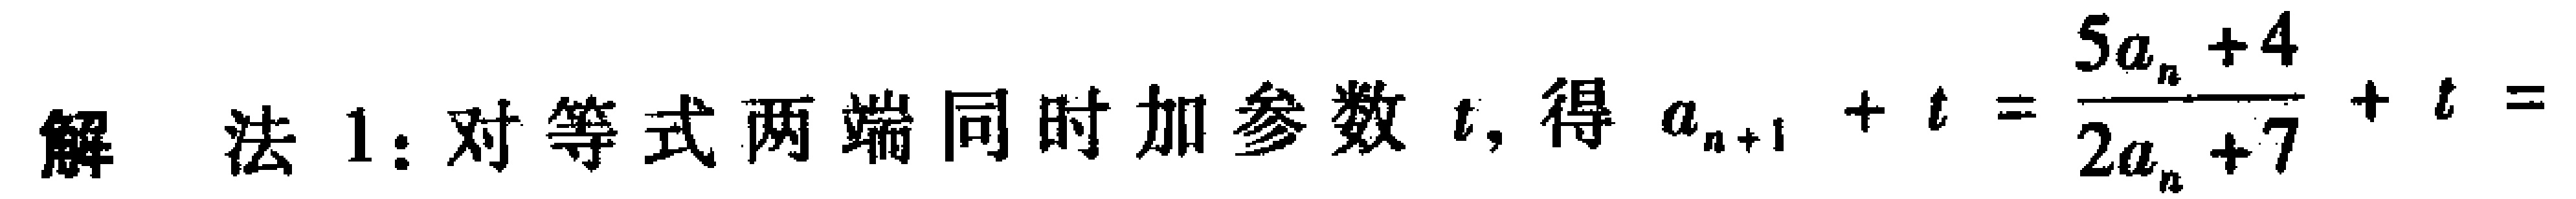
解 法 1：对等式两端同时加参数 \(t\), 得 \(a_{n + 1}+t=\frac{5a_{n}+4}{2a_{n}+7}+t=\)